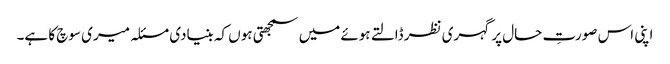
اپنی اس صورتِ حال پر گہری نظر ڈالتے ہوئے میں سمجھتی ہوں کہ بنیادی مسئلہ میری سوچ کا ہے۔